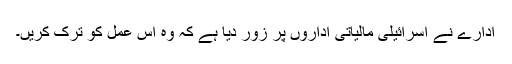
ادارے نے اسرائیلی مالیاتی اداروں پر زور دیا ہے کہ وہ اس عمل کو ترک کریں۔